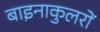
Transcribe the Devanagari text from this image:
बाइनाकुलरों